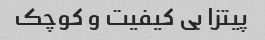
پیتزا بی کیفیت و کوچک